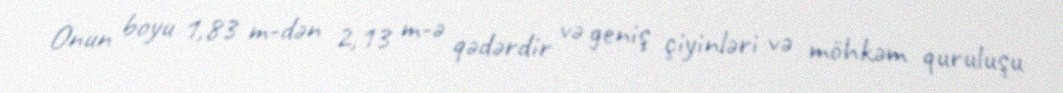
Onun boyu 1,83 m-dən 2,13 m-ə qədərdir və geniş çiyinləri və möhkəm quruluşu